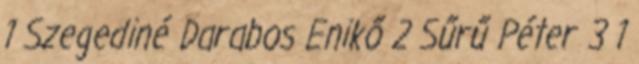
1 Szegediné Darabos Enikő 2 Sűrű Péter 3 1